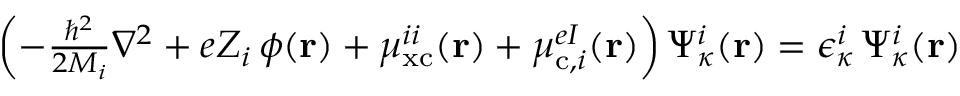
\begin{array} { r } { \left( - \frac { \hbar ^ { 2 } } { 2 M _ { i } } \nabla ^ { 2 } + e Z _ { i } \, \phi ( \mathbf { r } ) + \mu _ { \mathrm { x c } } ^ { i i } ( \mathbf { r } ) + \mu _ { \mathrm { c } , i } ^ { e I } ( \mathbf { r } ) \right) \Psi _ { \kappa } ^ { i } ( \mathbf { r } ) = \epsilon _ { \kappa } ^ { i } \, \Psi _ { \kappa } ^ { i } ( \mathbf { r } ) } \end{array}